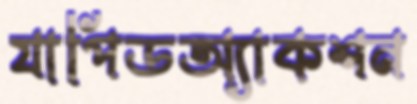
যাপিডঅ্যাকশন